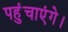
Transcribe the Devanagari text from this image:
पहुंचाएंगे।